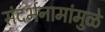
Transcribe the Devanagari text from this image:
संदर्भनामांमुळे